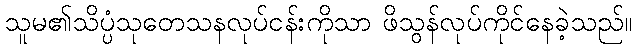
သူမ၏သိပ္ပံသုတေသနလုပ်ငန်းကိုသာ ဖိသွန်လုပ်ကိုင်နေခဲ့သည်။